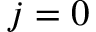
j = 0